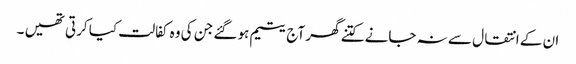
ان کے انتقال سے نہ جانے کتنے گھر آج یتیم ہو گئے جن کی وہ کفالت کیا کرتی تھیں ۔